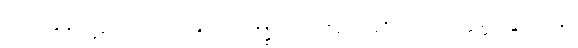
မောဟတို့ရှိကုန်၏။ တံပုဂ္ဂလံ၊ ထိုလောဘဒိဋ္ဌိ မောဟ ရှိသော ပုဂ္ဂိုလ်သည်။ ဝဋ္ဋသ္မိံ၊ ဝဋ်တရား၌။